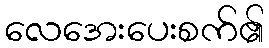
လေအေးပေးစက်၏